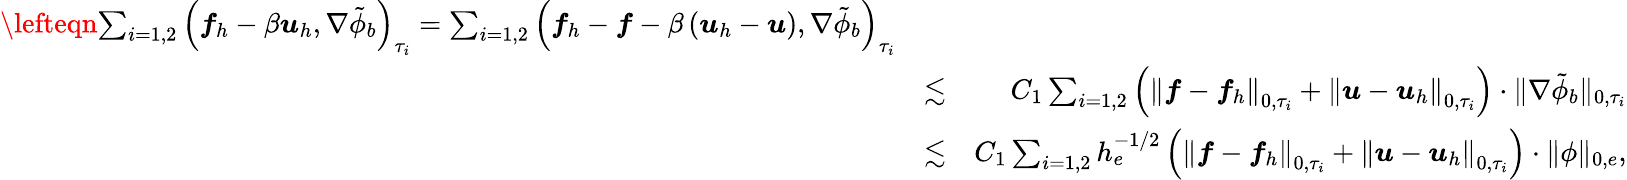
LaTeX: \begin{array}{rlr}{\lefteqn{\sum_{i=1,2}\left(\boldsymbol{f}_{h}-\beta\boldsymbol{u}_{h},\nabla\tilde{\phi}_{b}\right)_{\tau_{i}}=\sum_{i=1,2}\left(\boldsymbol{f}_{h}-\boldsymbol{f}-\beta\left(\boldsymbol{u}_{h}-\boldsymbol{u}\right),\nabla\tilde{\phi}_{b}\right)_{\tau_{i}}}}\\ &{\lesssim}&{C_{1}\sum_{i=1,2}\left(\left\| \boldsymbol{f}-\boldsymbol{f}_{h}\right\| _{0,\tau_{i}}+\left\| \boldsymbol{u}-\boldsymbol{u}_{h}\right\| _{0,\tau_{i}}\right)\cdot\| \nabla\tilde{\phi}_{b}\| _{0,\tau_{i}}}\\ &{\lesssim}&{C_{1}\sum_{i=1,2}h_{e}^{-1/2}\left(\left\| \boldsymbol{f}-\boldsymbol{f}_{h}\right\| _{0,\tau_{i}}+\left\| \boldsymbol{u}-\boldsymbol{u}_{h}\right\| _{0,\tau_{i}}\right)\cdot\| \phi\| _{0,e},}\end{array}